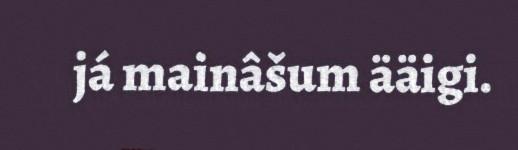
já mainâšum ääigi.